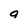
Character: g